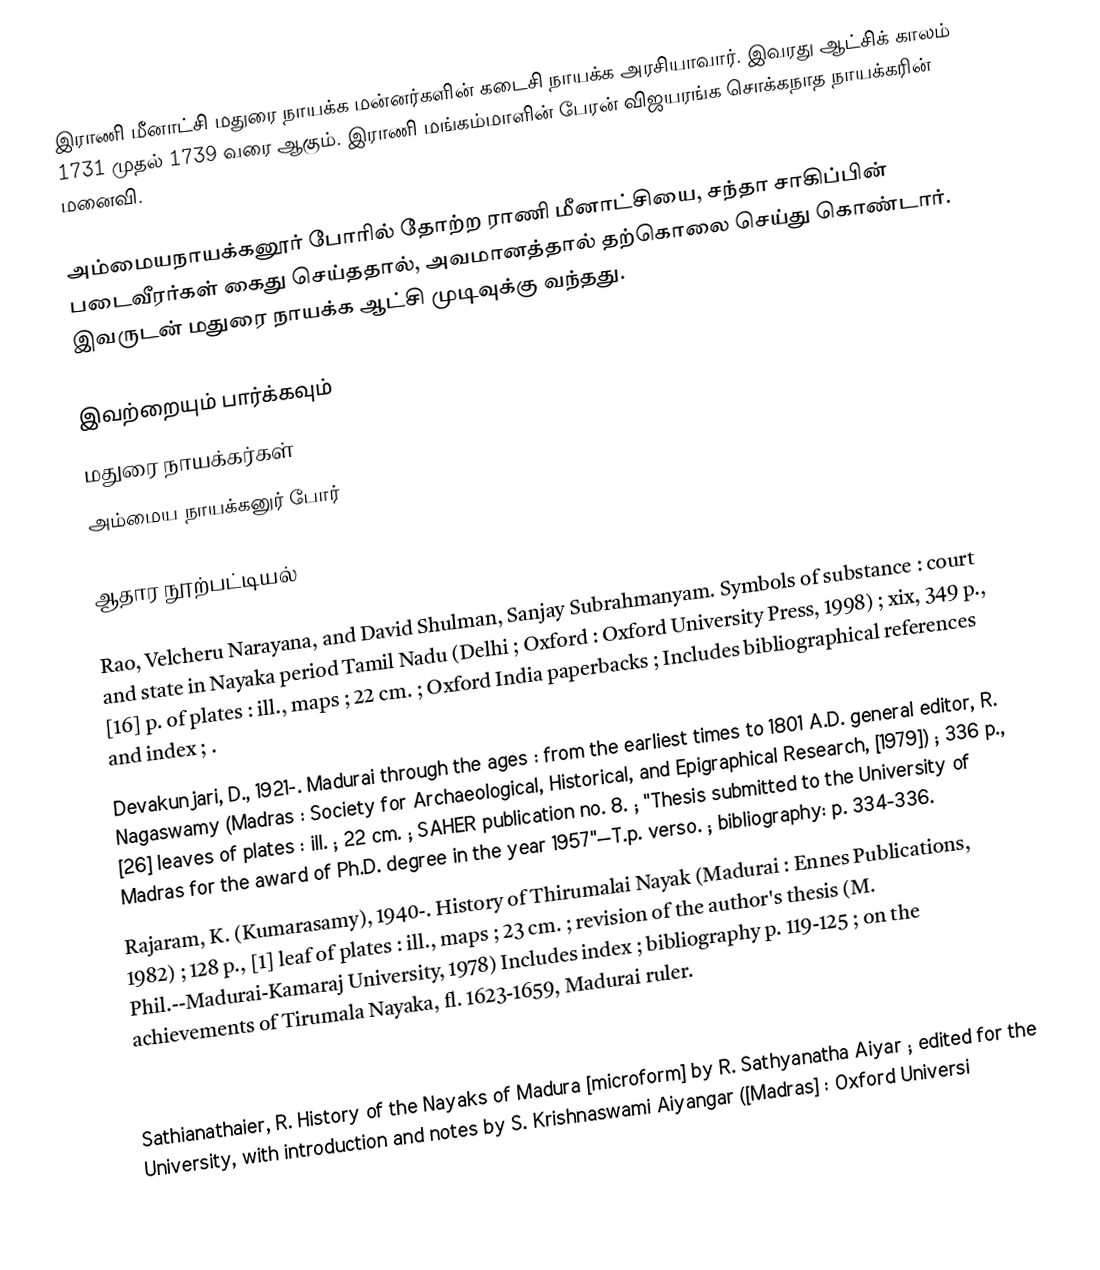
இராணி மீனாட்சி மதுரை நாயக்க மன்னர்களின் கடைசி நாயக்க அரசியாவார். இவரது ஆட்சிக் காலம் 1731 முதல் 1739 வரை ஆகும். இராணி மங்கம்மாளின் பேரன் விஜயரங்க சொக்கநாத நாயக்கரின் மனைவி.

அம்மையநாயக்கனூர் போரில் தோற்ற ராணி மீனாட்சியை,  சந்தா சாகிப்பின் படைவீரர்கள் கைது செய்ததால், அவமானத்தால் தற்கொலை செய்து கொண்டார். இவருடன் மதுரை நாயக்க ஆட்சி முடிவுக்கு வந்தது.

இவற்றையும் பார்க்கவும்
 மதுரை நாயக்கர்கள்
 அம்மைய நாயக்கனுர் போர்

ஆதார நூற்பட்டியல்

 Rao, Velcheru Narayana, and David Shulman, Sanjay Subrahmanyam. Symbols of substance : court and state in Nayaka period Tamil Nadu (Delhi ; Oxford : Oxford University Press, 1998) ; xix, 349 p., [16] p. of plates : ill., maps ; 22 cm. ; Oxford India paperbacks ; Includes bibliographical references and index ; .
 Devakunjari, D., 1921-. Madurai through the ages : from the earliest times to 1801 A.D. general editor, R. Nagaswamy (Madras : Society for Archaeological, Historical, and Epigraphical Research, [1979]) ; 336 p., [26] leaves of plates : ill. ; 22 cm. ; SAHER publication no. 8. ; "Thesis submitted to the University of Madras for the award of Ph.D. degree in the year 1957"—T.p. verso. ; bibliography: p. 334-336.
 Rajaram, K. (Kumarasamy), 1940-. History of Thirumalai Nayak (Madurai : Ennes Publications, 1982) ; 128 p., [1] leaf of plates : ill., maps ; 23 cm. ; revision of the author's thesis (M. Phil.--Madurai-Kamaraj University, 1978) Includes index ; bibliography p. 119-125 ; on the achievements of Tirumala Nayaka, fl. 1623-1659, Madurai ruler.
 Balendu Sekaram, Kandavalli, 1909-. The Nayaks of Madura by Khandavalli Balendusekharam (Hyderabad : Andhra Pradesh Sahithya Akademi, 1975) ; 30 p. ; 22 cm. ; "World Telugu Conference publication." ; History of the Telugu speaking Nayaka kings of Pandyan Kingdom, Madurai, 16th-18th century.
 Sathianathaier, R. History of the Nayaks of Madura [microform] by R. Sathyanatha Aiyar ; edited for the University, with introduction and notes by S. Krishnaswami Aiyangar ([Madras] : Oxford Universi